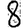
Digit: 8